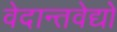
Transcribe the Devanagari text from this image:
वेदान्तवेद्यो